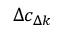
\Delta c _ { \Delta k }